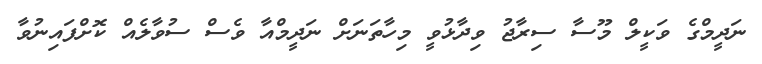
ނަދީމްގެ ވަކީލް މޫސާ ސިރާޖު ވިދާޅުވީ މިހާތަނަށް ނަދީމްއާ ވެސް ސުވާލެއް ކޮށްފައިނުވާ